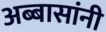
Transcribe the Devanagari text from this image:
अब्बासांनी